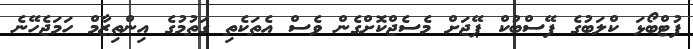
ފުޓްބޯޅަ ކްލަބުގެ ފޭސްބުކް ޕޭޖަށް މެސެޖްކޮށްގެން ވެސް އެތަކެތި ގަތުމުގެ އިންތިޒާމް ހަމަޖެހޭނެ